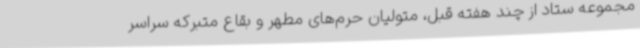
مجموعه ستاد از چند هفته قبل، متولیان حرم‌های مطهر و بقاع متبرکه سراسر